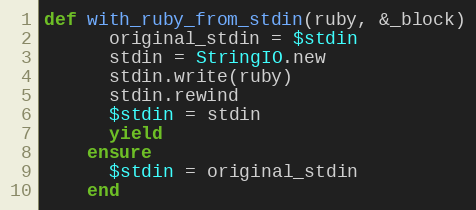
Language: Ruby
def with_ruby_from_stdin(ruby, &_block)
      original_stdin = $stdin
      stdin = StringIO.new
      stdin.write(ruby)
      stdin.rewind
      $stdin = stdin
      yield
    ensure
      $stdin = original_stdin
    end